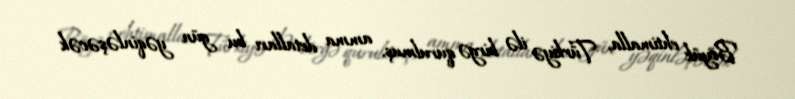
Böyük ehtimalla, Türkiyə ilə birgə qurulmuş, amma detalları bu gün yəqinləşəcək